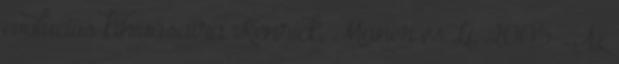
evolúciós kihívásaira Kenrick, Maner és Li, 2005 . Az